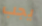
يجب